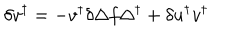
\delta v ^ { \dagger } = - v ^ { \dagger } \delta \Delta f \Delta ^ { \dagger } + \delta u ^ { \dagger } v ^ { \dagger }